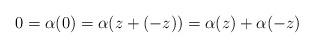
LaTeX: \begin{align*}0 = \alpha(0) = \alpha(z + (-z)) = \alpha(z) + \alpha(-z)\end{align*}